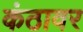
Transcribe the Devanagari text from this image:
कंठावर